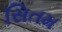
સિતમ